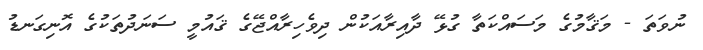
ނުވަތަ - މަޤާމުގެ މަސައްކަތާ ގުޅޭ ދާއިރާއަކުން ދިވެހިރާއްޖޭގެ ޤައުމީ ސަނަދުތަކުގެ އޮނިގަނޑު